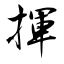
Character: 揮